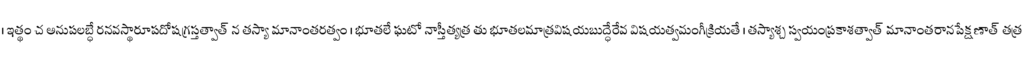
। ఇత్థం చ అనుపలబ్ధే రనవస్థారూపదోషగ్రస్తత్వాత్ న తస్యా మానాంతరత్వం । భూతలే ఘటో నాస్తీత్యత్ర తు భూతలమాత్రవిషయబుద్ధేరేవ విషయత్వమంగీక్రియతే । తస్యాశ్చ స్వయంప్రకాశత్వాత్ మానాంతరానపేక్షణాత్ తత్ర